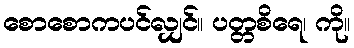
စောစောကပင်လျှင်။ ပတ္တစိရေ၊ ကို။